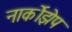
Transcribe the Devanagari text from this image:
नार्कोझेप